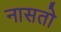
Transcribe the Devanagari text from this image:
नासतो